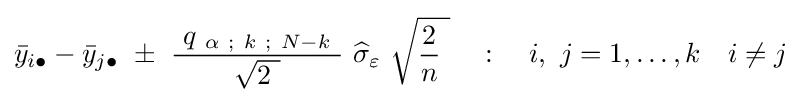
{\bar {y}}_{i\bullet }-{\bar {y}}_{j\bullet }\ \pm \ {\frac {\ q_{\ \alpha \ ;\ k\ ;\ N-k}\ }{\ {\sqrt {2\ }}\ }}\ {\widehat {\sigma }}_{\varepsilon }\ {\sqrt {{\frac {2}{n}}\ }}\quad :\quad i,\ j=1,\ldots ,k\quad i\neq j~